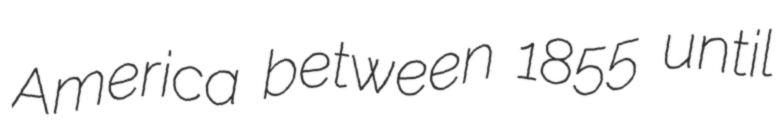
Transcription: America between 1855 until